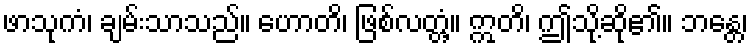
ဖာသုကံ၊ ချမ်းသာသည်။ ဟောတိ၊ ဖြစ်လတ္တံ့။ ဣတိ၊ ဤသို့ဆို၏။ ဘန္တေ၊